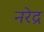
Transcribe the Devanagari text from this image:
नरेद्र